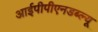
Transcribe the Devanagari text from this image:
आईपीपीएनडब्ल्यू